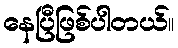
နေပြီဖြစ်ပါတယ်။